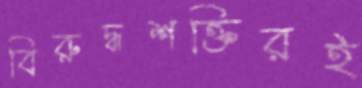
বিরুদ্ধশক্তিরই